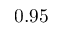
0 . 9 5